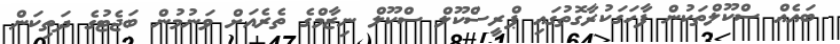
ބައެއް ސްކޫލްތަކުން ފާހަގަކުރާގޮތުގައި ޕްރީސްކޫލް ސްކޫލް ނިޒާމްގެ ތެރެއަށް ވަނުމުން ބަޖެޓުގެ ދަތިކަން